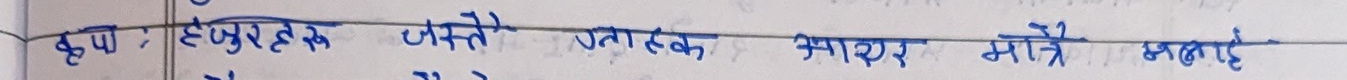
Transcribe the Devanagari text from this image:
हृदय, हसुरहक जस्ते जनाहक आधार मरे मलहए